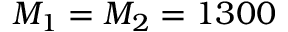
M _ { 1 } = M _ { 2 } = 1 3 0 0